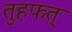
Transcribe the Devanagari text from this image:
तुहफत्